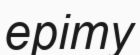
еріту